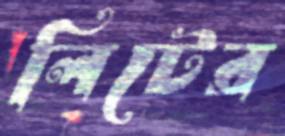
লিটের